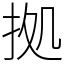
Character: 拠